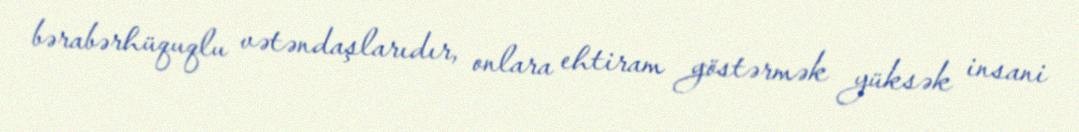
bərabərhüquqlu vətəndaşlarıdır, onlara ehtiram göstərmək yüksək insani